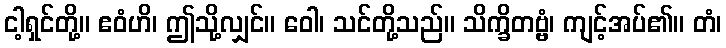
ငါ့ရှင်တို့။ ဧဝံဟိ၊ ဤသို့လျှင်။ ဝေါ၊ သင်တို့သည်။ သိက္ခိတဗ္ဗံ၊ ကျင့်အပ်၏။ တံ၊